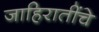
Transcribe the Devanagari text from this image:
जाहिरातींचे